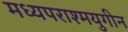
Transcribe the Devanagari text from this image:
मध्यपराश्मयुगीन